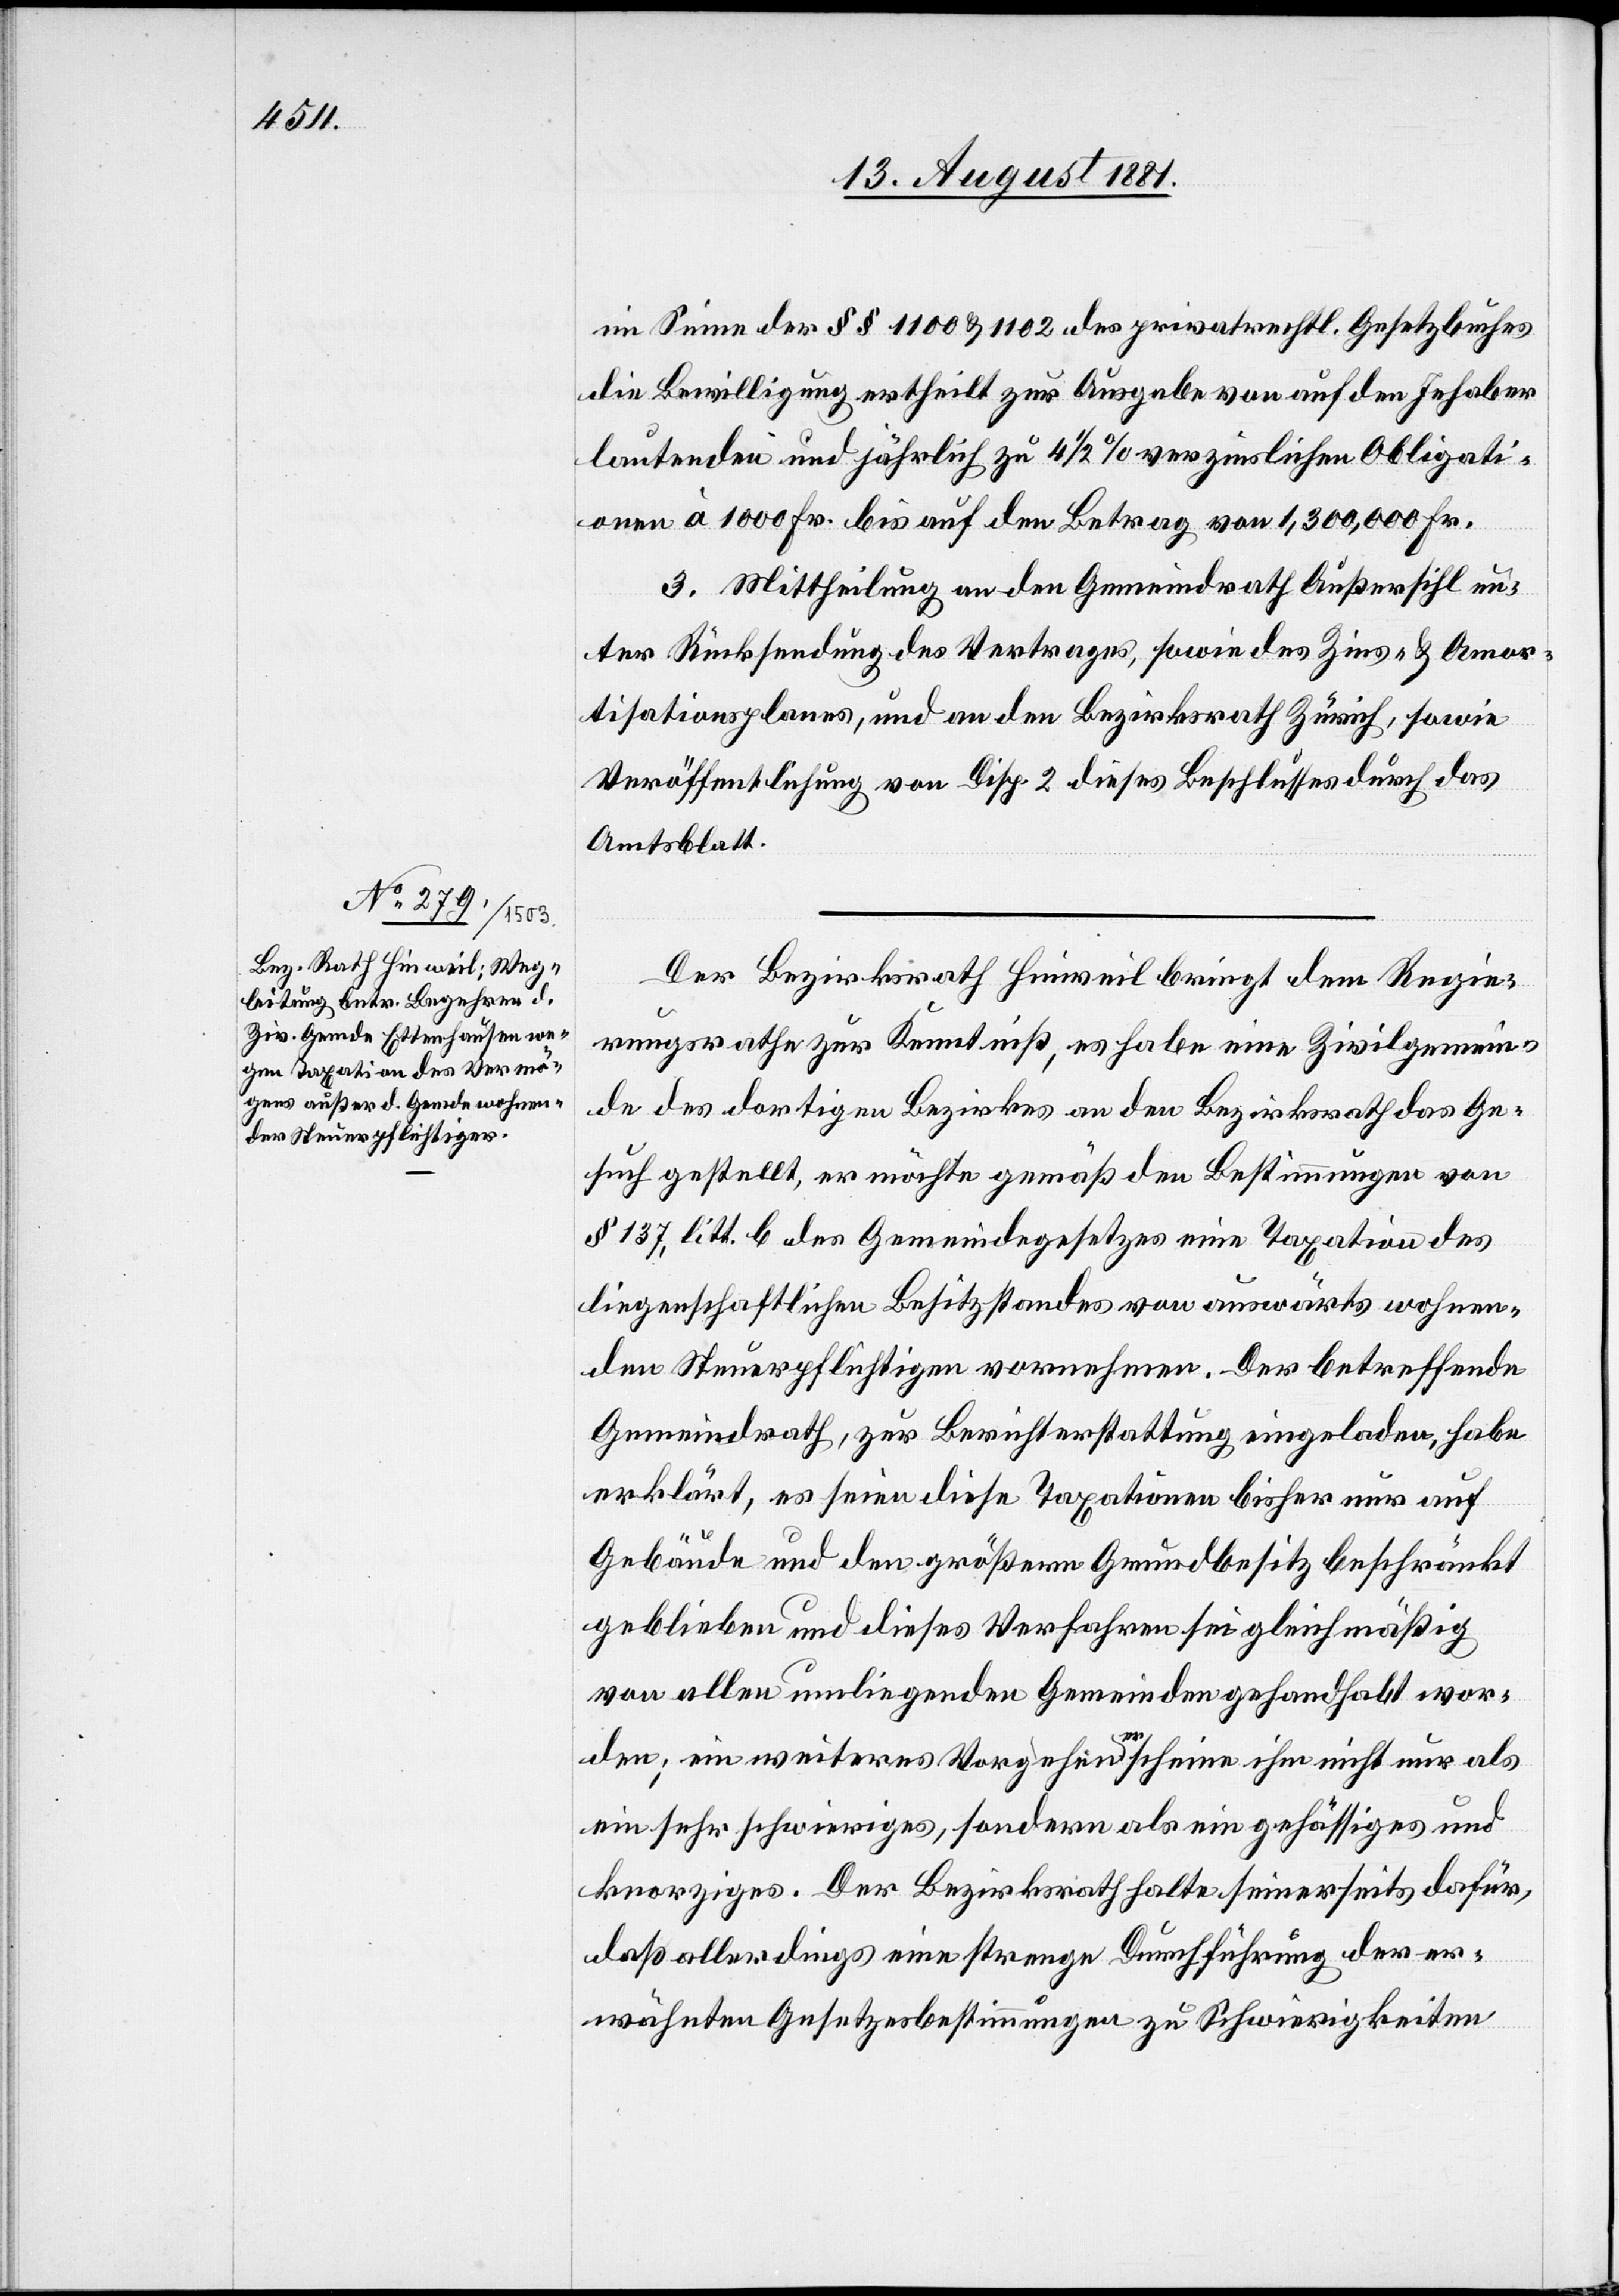
im Sinne der §§ 1100 & 1102 des privatrechtl. Gesetzbuches
die Bewilligung ertheilt zur Ausgabe von auf den Inhaber
lautende und jährlich zu 4 1/2% verzinslichen Obligati¬
onen à 1000 Fr. bis auf den Betrag von 1,300,000 Fr.
3. Mittheilung an den Gemeindrath Außersihl un¬
ter Rücksendung des Vertrages, sowie des Zins- & Amor¬
tisationsplanes, und an den Bezirksrath Zürich, sowie
Veröffentlichung von Disp. 2 dieses Beschlusses durch das
Amtsblatt.
Der Bezirksrath Hinweil bring dem Regie¬
rungsrathe zur Kenntniß, es habe eine Zivilgemein¬
de des dortigen Bezirkes an den Bezirksrath das Ge¬
such gestellt, er möchte gemäß den Bestimmungen von
§ 137, litt. b des Gemeindegesetzes eine Taxation des
liegenschaftlichen Besitzstandes von auswärts wohnen¬
den Steuerpflichtigen vornehmen. Der betreffende
Gemeindrath, zur Berichterstattung eingeladen, habe
erklärt, es seien diese Taxationen bisher nur auf
Gebäude und den größern Grundbesitz beschränkt
geblieben und dieses Verfahren sei gleichmäßig
von allen umliegenden Gemeinden gehandhabt wor¬
den; ein weiteres Vorgehen erscheine ihm nicht nur als
ein sehr schwieriges, sondern als ein gehässiges und
knorziges. Der Bezirksrath halte seinerseits dafür,
daß allerdings eine strenge Durchführung der er¬
wähnten Gesetzesbestimmungen zu Schwierigkeiten